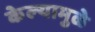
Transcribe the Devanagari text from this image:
केल्‍यामुळे